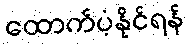
ထောက်ပံ့နိုင်ရန်